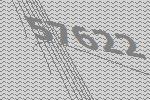
57622